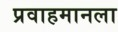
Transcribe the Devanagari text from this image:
प्रवाहमानला